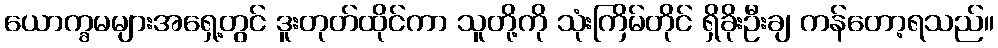
ယောက္ခမများအရှေ့တွင် ဒူးတုတ်ထိုင်ကာ သူတို့ကို သုံးကြိမ်တိုင် ရှိခိုးဦးချ ကန်တော့ရသည်။